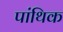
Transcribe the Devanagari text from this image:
पांथिक